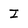
Character: I